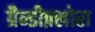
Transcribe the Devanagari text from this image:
ग्रैन्डीफ़्लोरा